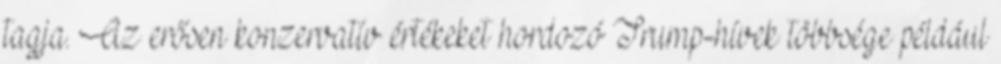
tagja. Az erősen konzervatív értékeket hordozó Trump-hívek többsége például